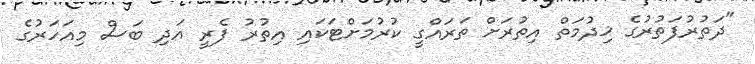
"ދަތުރުފަތުރުގެ ޚިދުމަތް އިތުރަށް ތަރައްގީ ކުރުމަށްޓަކައި އިތުރު ފެރީ އަދި ބަސް މިއަހަރުގެ